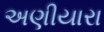
અણીયારા